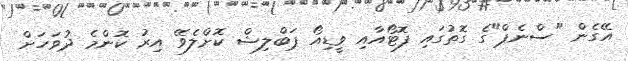
އޭގެން "ސްނެޕް"ގެ ގޮތުގައި ފޮޓޯއާއި ވީޑިއޯ ޕަބްލިޝް ކޮށްލެވޭ އިރު ކޮންމެ ދުވަހަށް